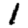
Digit: 1